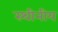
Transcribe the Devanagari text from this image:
स्थीनीय